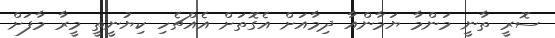
ސޮރީ ތާނީ މަންމާ ޔަމާންއާ ދިމާއަށް އެގޮތަށް އެއްޗެހި ކިޔުނީތީ މީރާ މާފަށް